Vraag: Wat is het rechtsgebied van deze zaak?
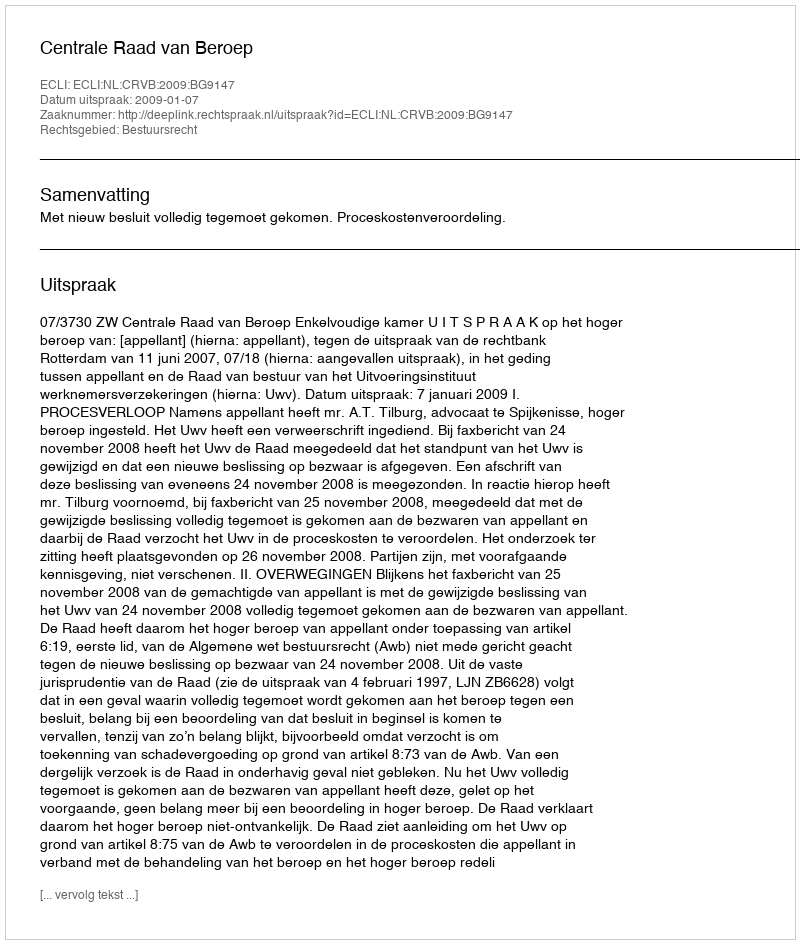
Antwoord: Bestuursrecht